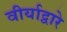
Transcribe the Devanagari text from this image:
वीर्याद्वारे